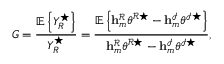
G = \frac { \mathbb { E } \left\{ Y _ { R } ^ { \star } \right\} } { Y _ { R } ^ { \star } } = \frac { \mathbb { E } \left\{ \mathbf { h } _ { m } ^ { \mathcal { R } } \boldsymbol { \theta } ^ { \mathcal { R } \star } - \mathbf { h } _ { m } ^ { \mathcal { I } } \boldsymbol { \theta } ^ { \mathcal { I } \star } \right\} } { \mathbf { h } _ { m } ^ { \mathcal { R } } \boldsymbol { \theta } ^ { \mathcal { R } \star } - \mathbf { h } _ { m } ^ { \mathcal { I } } \boldsymbol { \theta } ^ { \mathcal { I } \star } } ,